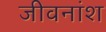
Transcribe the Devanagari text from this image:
जीवनांश